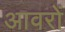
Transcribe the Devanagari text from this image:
आवरों